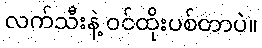
လက်သီးနဲ့ ဝင်ထိုးပစ်တာပဲ။